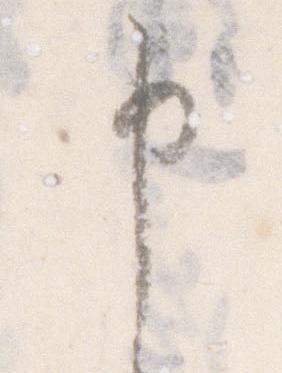
申